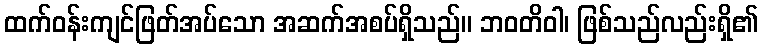
ထက်ဝန်းကျင်ဖြတ်အပ်သော အဆက်အစပ်ရှိသည်။ ဘဝတိဝါ၊ ဖြစ်သည်လည်းရှိ၏